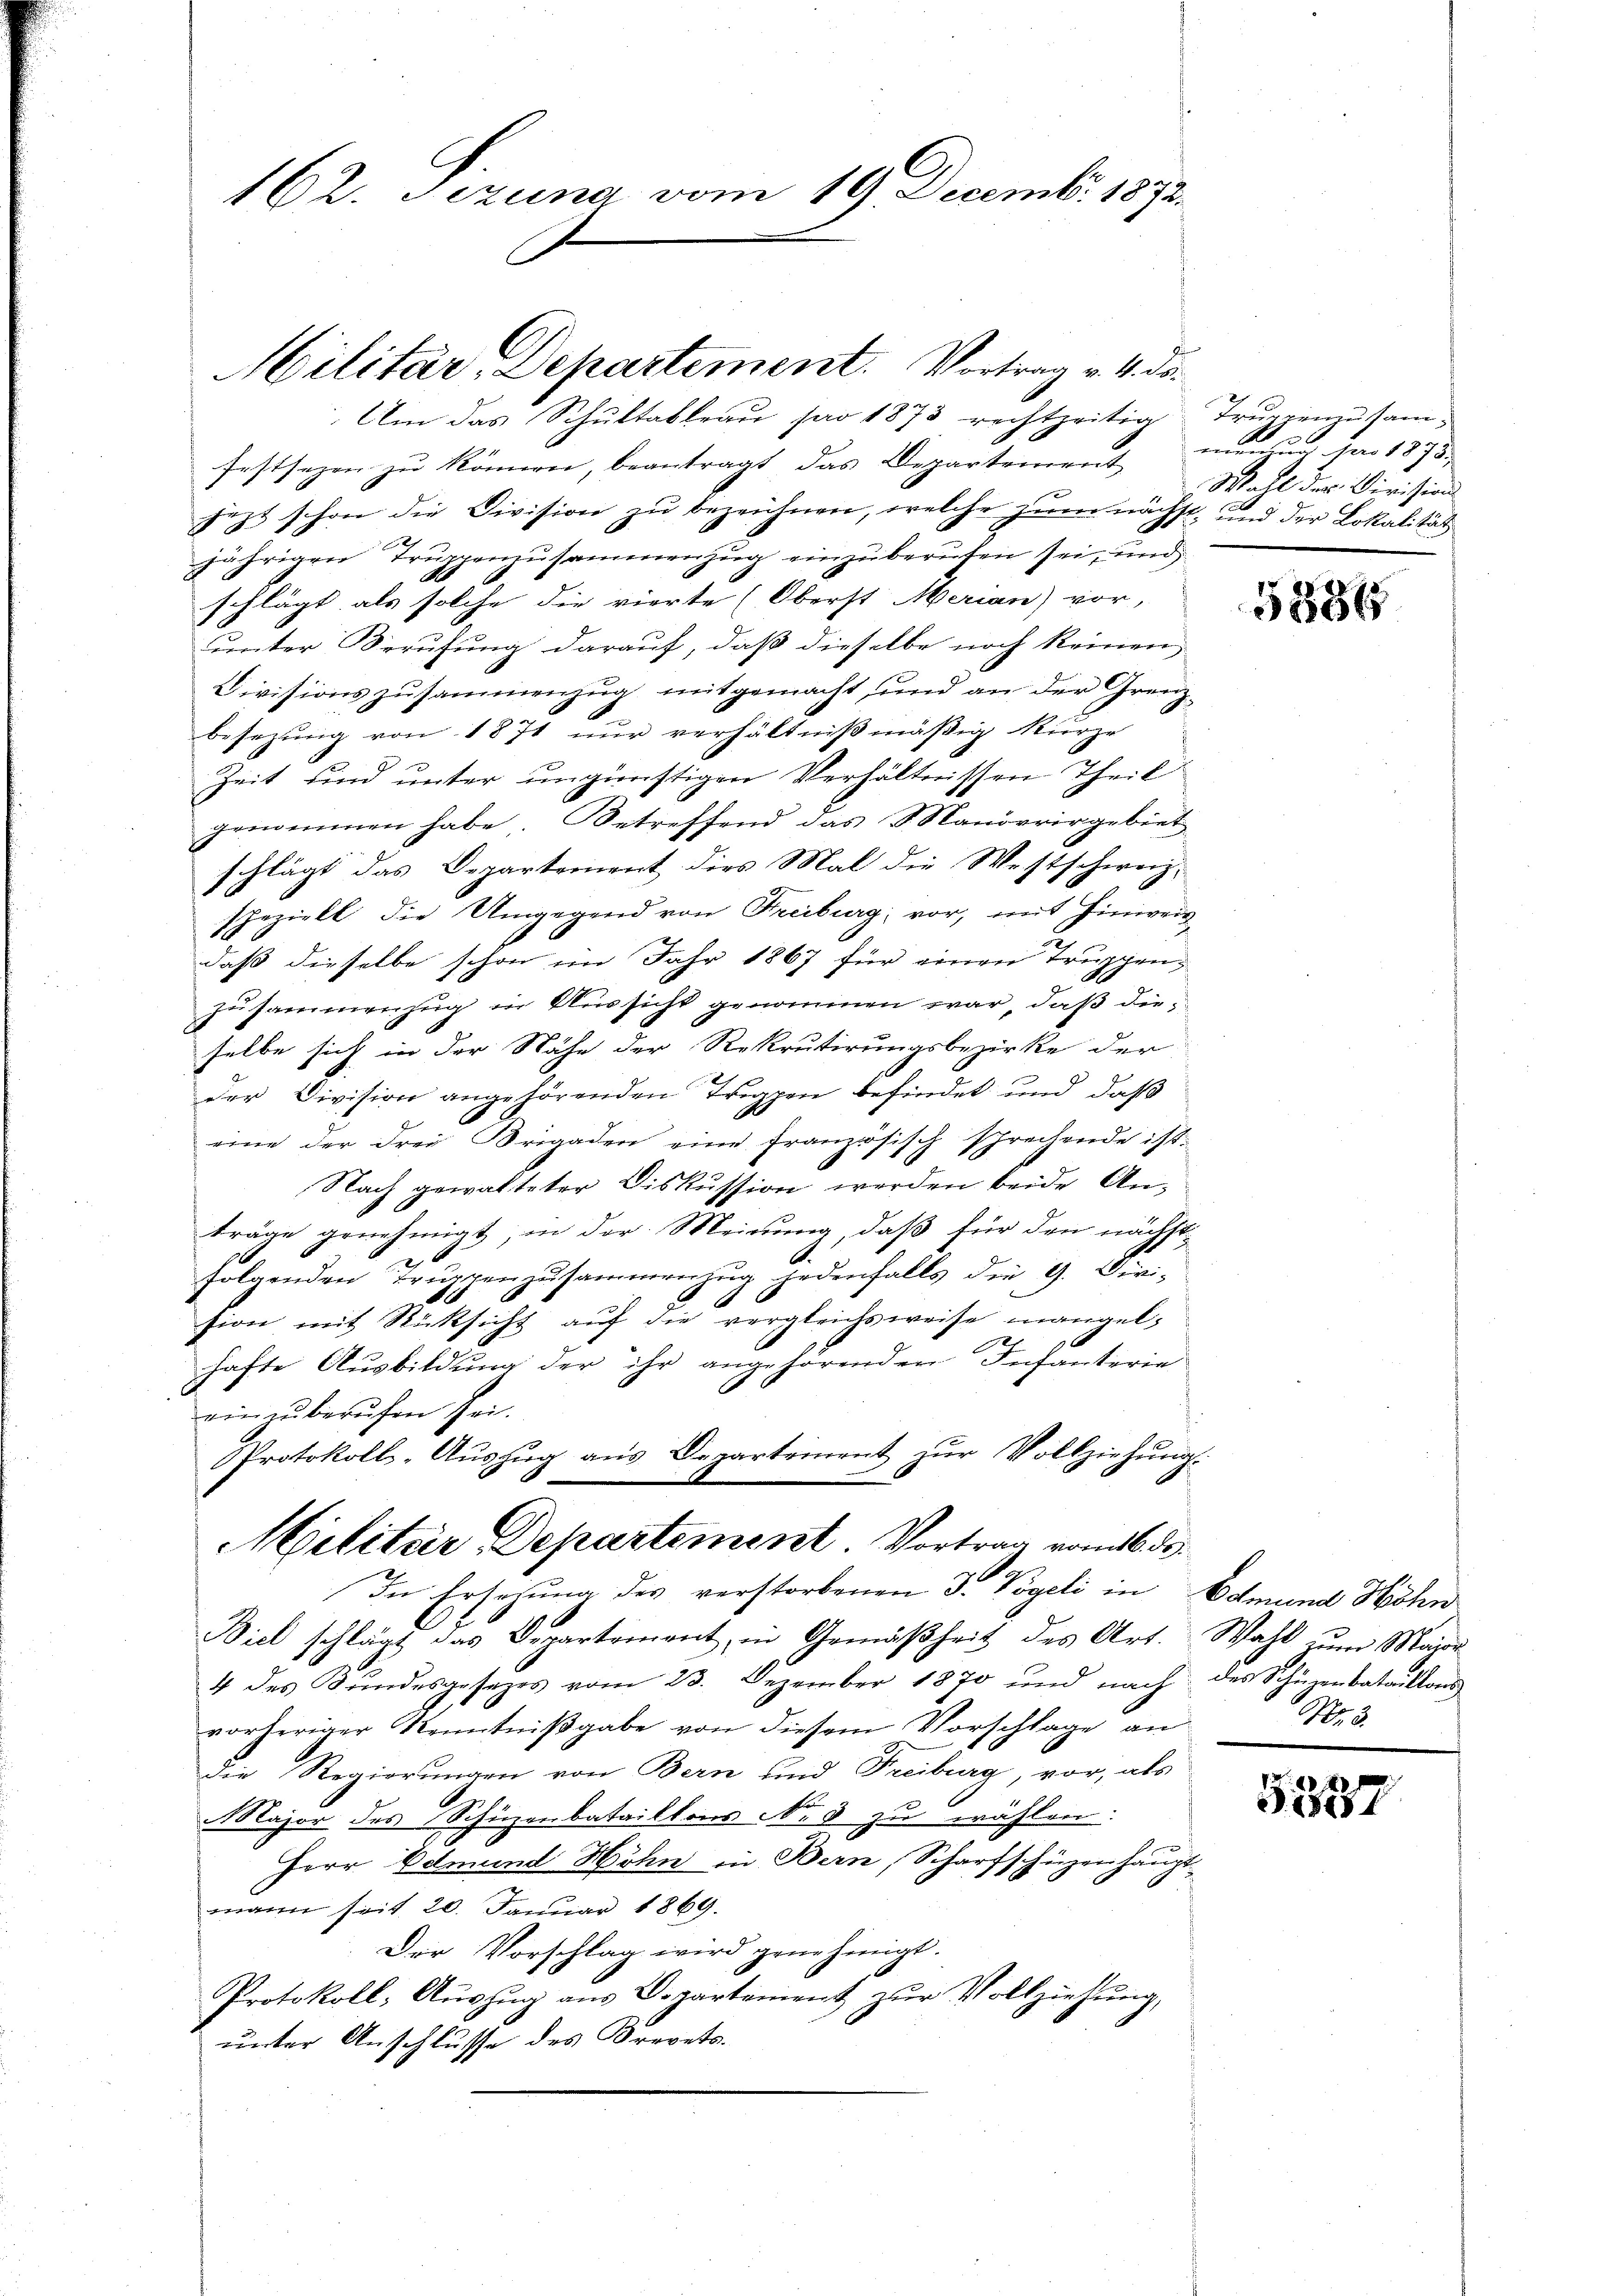
Militär, Departement. Vortrag v. 4. da¬

162. Sezuna vom 19. Decemb. 1872.

Um das Schultableau pro 1873 rechtzeitig
festsezen zu können, beantragt das Departement menzug pro 1873.
jezt schon die Division zu bezeichnen, welche zum nächst, und der Lokalität
jährigen Truppenzusammenzug einzuberufen sei, und
schlägt, als solche die vierte (Oberst Merian) vor,
unter Berufung darauf, daß dieselbe noch keinen
Divisionszusammenzug mitgemacht, und an der Grenz
besezung von 1871 nur verhältnißmäßig kurze
Zeit und unter ungünstigen Verhältnissen Theil
gemeinen habe. Betreffend das Manövrirgebiet
schlägt das Departement dies Mal die Westschweiz.
speziell die Umgegend von Freiburg, vor, mit Hinweis
daß dieselbe schon im Jahr 1867 für einen Truppenzusammenzug in Aussicht genommen war, daß die
E
selbe sich in der Nähe der Rekrutirungsbezirke der
der Division angehörenden Treppen befindet und daß
eine der drei Brigaden eine französisch sprechende ist.
Nach gewalteter Diskussion werden beide An-
träge genehmigt, in der Meinung, daß für den nächst-
folgenden Truppenzusammenzug jedenfalls die G. Diri-
h
sion mit Rücksicht auf die vergleichsweise mangelhafte Ausbildung der ihr angehörenden Infanterie
G
ein zu berufen sei.
Protokoll-Aŭszŭg aŭs Departement zŭr Vollziehŭng.
Militar Departement. Vortrag vom 16. ds.
In Ersezung des verstorbenen 3. Vögeli in Edmund Höhn
Biel schlägt das Departement, in Gemäßheit des Art. Wahl zum Mari
4 des Bundesgesezes vom 23. Dezember 1870 und nach
vorheriger Kenntnißgabe von diesem Vorschlage an
die Regierungen von Bern sind Freiburg, vor, als
Major des Schüzenbataillons No 3 zu wählen.
Herr Edtmund Höhn in Bern, Scharfschüzenhaupt
mann seit 20. Januar 1869.
Der Vorschlag wird genehmigt.
Protokoll: Auszug aus Departement zur Vollziehung,
unter Anschlusse des Brevets.

Truppenzusam-
c
Wahl der Division

5884

des Schürenbataillons
No. 3.

5387